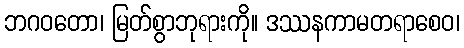
ဘဂဝတော၊ မြတ်စွာဘုရားကို။ ဒဿနကာမတရာစေဝ၊